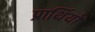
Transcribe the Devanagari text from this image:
प्रार्थियों